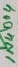
Text: IN4004